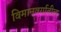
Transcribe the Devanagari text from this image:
विमानवर्गातील